Annual statistical returns and brief notes on vaccination in Bengal - 1887-1898
Year: 1887
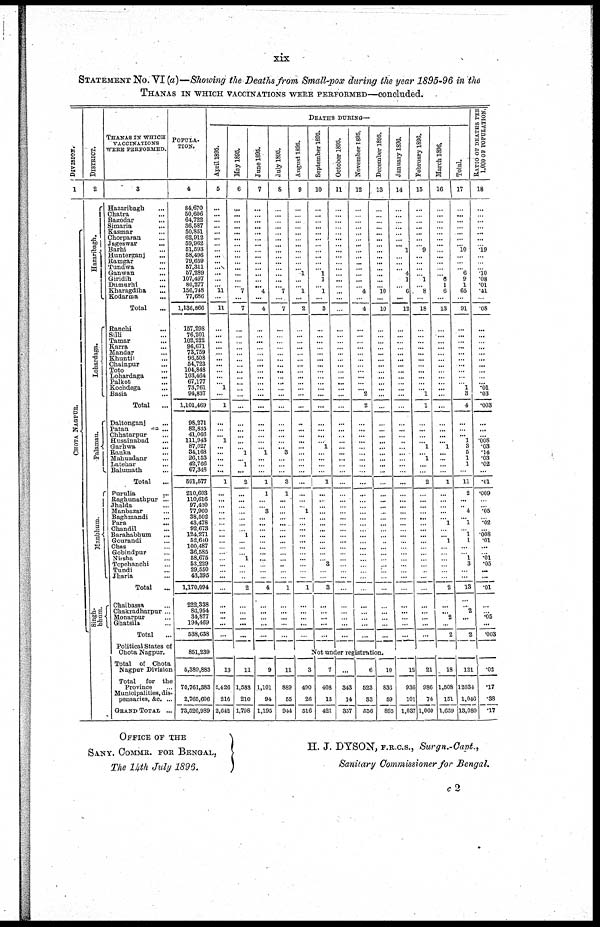
xix
STATEMENT No. VI(a)—Showing the Deaths from Small-pox during the year 1895-96 in the
THANAS IN WHICH VACCINATIONS WERE PERFORMED—concluded.
DIVISION.
1
CHOT A NAGP UR.
DISTRICT.
2
Hazaribagh.
Lohardaga.
Palamau.
Ma n b h u m.
Singh-
bhum.
THANAS IN WHICH
VACCINATIONS
WERE PERFORMED.
3
Hazaribagh...
Chatra...
Bagodar...
Simaria...
Kasmar...
Chorparan...
Jageswar...
Barhi...
Hunterganj...
Ramgar...
Tundwa...
Ganwan...
Giridih...
Dumurhi...
Kharagdiha...
Kodarma...
Total...
Ranchi...
Silli...
Tamar...
Karra...
Mandar...
Khuntil...
Chainpur...
Toto...
Lohardaga...
Palkot...
Kochdega...
Basia...
Total...
Daltonganj...
Patan...
Chhatarpur...
Husainabad...
Garhwa...
Ranka...
Mahuadanr...
Latehar...
Balumath...
Total...
Purulia...
Raghunathpur...
Jhalda...
Manbazar...
Baghmandi...
Para...
Chandil...
Barahabhum...
Gourandi...
Chas...
Gobindpur...
Nirsha...
Topchanchi...
Tundi...
Jharia...
Total...
Chaibassa...
Chakradharpur ...
Monarpur...
Ghatsila...
Total...
Political States of
Chota Nagpur.
Total of Chota
Nagpur Division...
Total
for the
Province...
Municipalities, dis-
pensaries, &c. ...
GRAND TOTAL ...
POPULA.
TION.
4
84,670
50,606
64,722
36,587
50,851
62,912
59,962
51,953
58,496
79,659
57,311
57,289
107,497
80,277
156,748
77,686
1,136,866
157,298
76,201
102,222
96,671
73,759
96,508
54,723
104,848
103,464
67,177
73,761
94,837
1,101,469
98,271
82,835
41,066
111,943
87,027
34,168
26,153
42,766
67,348
591,577
210,603
110,616
97,430
77,960
38,502
43,478
92,673
124,271
52,640
100,487
36,585
58,675
53,229
29,550
43,395
1,170,094
222,338
86,954
34,877
194,469
538,638
851,239
5,389,883
70,761,383
2,765,606
73,526,989
DEATHS DURING—
April 1895.
5
...
...
...
...
...
...
...
...
...
...
...
...
...
... 11
...
11
...
...
...
...
...
...
...
...
...
... 1
...
1
...
...
... 1
...
...
...
...
...
1
...
...
...
...
...
...
...
...
...
...
...
...
...
...
...
...
...
...
...
...
...
...
13
2,426
216
2,642
May 1895.
6
...
...
...
...
...
...
...
...
...
...
...
...
...
...
7
...
7
...
...
...
...
...
...
...
...
...
...
...
...
...
...
...
...
...
...
1
...
1
...
2
...
... ...
...
...
...
...
1
...
...
...
1
...
...
...
2
...
...
...
...
...
...
11
1,588
210
1,798
June 1895.
7
...
...
...
...
...
...
...
...
...
...
...
...
...
... 4
...
4
...
...
...
...
...
...
...
...
...
...
...
...
...
...
...
...
...
...
1
...
...
...
1
1
...
...
3
...
...
...
...
...
...
...
...
...
...
...
4
...
...
...
...
...
...
9
1,101
94
1,195
July 1895.
8
...
...
...
...
...
...
...
...
...
...
...
...
...
...
7
...
7
...
...
...
...
...
...
...
...
...
...
...
...
...
...
...
...
...
...
3
...
...
...
3
1
...
...
...
...
...
...
...
...
...
...
...
...
...
...
1
...
...
...
...
...
...
11
889
55
944
August 1895.
9
...
...
...
...
...
...
...
...
...
...
...
1
...
...
1
...
2
...
...
...
...
...
...
...
...
...
...
...
...
...
...
...
...
...
...
...
...
...
...
...
...
...
...
1
...
...
...
...
...
...
...
...
...
...
...
1
...
...
...
...
...
September 1895.
10
...
...
...
...
...
...
...
...
...
...
...
1
1
...
1
...
3
...
...
...
...
...
...
...
...
...
...
...
...
...
...
...
...
...
1
...
...
...
...
1
...
... ...
...
...
...
...
...
...
...
...
...
3
...
...
3
...
...
...
...
...
October 1895.
11
...
...
...
...
...
...
...
...
...
...
...
...
...
...
...
...
...
...
...
...
...
...
...
...
...
...
...
...
...
...
...
...
...
...
...
...
...
...
...
...
...
...
...
...
...
...
...
...
...
...
...
...
...
...
...
...
...
...
...
...
...
November 1895.
12
...
...
...
...
...
...
...
...
...
...
...
...
...
...
4
...
4
...
...
...
...
...
...
...
...
...
...
...
2
2
...
...
...
...
...
...
...
...
...
...
...
... ...
...
...
...
...
...
...
...
...
...
...
...
...
...
...
... ...
...
...
December 1895.
13
...
...
...
...
...
...
...
...
...
...
...
...
...
...
10
...
10
...
...
...
...
...
...
...
...
...
...
...
...
...
...
...
...
...
...
...
...
...
...
...
...
... ...
...
...
...
...
...
...
...
...
...
...
...
...
...
...
...
...
...
...
Not under registration.
3
490
26
516
7
408
13
421
...
343
14
357
6
523
33
556
10
836
59
895
January 1896.
14
...
...
...
...
...
...
...
1
...
...
...
4
1
...
6
...
12
...
...
...
...
...
...
...
...
...
...
...
...
...
...
...
... ...
... ...
...
...
...
...
...
... ...
...
...
...
...
...
...
...
...
...
...
...
...
...
...
...
...
...
...
...
12
936
101
1,037
February 1896.
15
...
...
...
...
...
...
...
9
...
...
...
...
1
...
8
...
18
...
...
...
...
...
...
...
...
...
...
... 1
1
...
...
...
...
1
...
1
...
...
2
...
... ...
...
...
...
...
...
...
...
...
...
... ...
...
...
...
...
...
...
...
...
21
986
74
1,060
March 1896.
16
...
...
...
...
...
...
...
...
...
...
...
...
6
1
6
...
13
...
...
...
...
...
...
...
...
...
...
...
...
...
...
...
...
...
1
...
...
...
...
1
...
... ...
...
...
1
...
...
1
...
...
...
...
...
...
2
...
...
2
...
2
...
18
1,508
151
1,639
Total.
17
...
...
...
...
...
...
...
10
...
...
...
6
9
1
65
...
91
...
...
...
...
...
...
...
...
...
...
1
3
4
...
...
... 1
3
5
1
1
...
11
2
...
...
4
... 1
...
1
1
...
...
1
3
...
...
13
...
2
...
...
2
...
121
12034
1,046
13,080
RATIO OF DEATHS PER
1,000 OF POPULATION.
18
...
...
...
...
...
...
...
.19
...
...
...
.10
.08
.01
.41
...
.08
...
...
...
...
...
...
...
...
...
...
.01
.03
.003
...
...
...
.008
.03
.14
.03
.02
...
.01
.009
...
...
.05
...
.02
...
.008
.01
...
...
.01
.05
...
...
.01
...
...
.05
...
.003
...
.02
.17
.38
.17
OFFICE OF THE
SANY. COMMR. FOR BENGAL,
The 14th July 1896.
H. J. DYSON, F.R.C.S., Surgn.-Capt.,
Sanitary Commissioner for Bengal.
c2